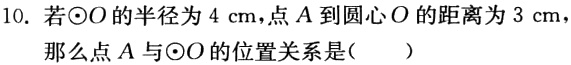
10. 若$\odot O$的半径为$4\mathrm{cm}$，点$A$到圆心$O$的距离为$3\mathrm{cm}$，
那么点$A$与$\odot O$的位置关系是( )